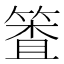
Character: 𰪈